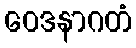
ဝေဒနာဂတံ